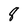
Character: 8